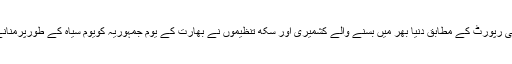
رسا نیوز ایجنسی کی رپورٹ کے مطابق دنیا بھر میں بسنے والے کشمیری اور سکھ تنظیموں نے بھارت کے یوم جمہوریہ کویوم سیاہ کے طورپرمنانے کا اعلان کیا ہے۔